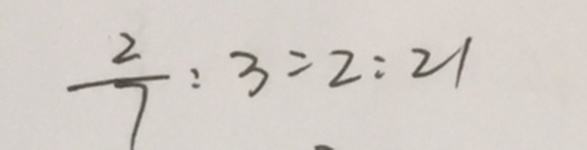
\frac { 2 } { 7 } : 3 = 2 : 2 1